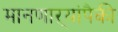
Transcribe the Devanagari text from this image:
मानणाऱ्यांपैकी